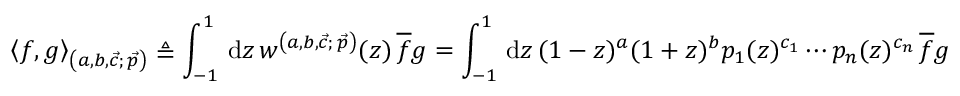
\left\langle f , g \right\rangle _ { \left( a , b , \vec { c } ; \, \vec { p } \right) } \triangleq \int _ { - 1 } ^ { 1 } \, \mathrm { d } z \, w ^ { \left( a , b , \vec { c } ; \, \vec { p } \right) } ( z ) \, \overline { { f } } g = \int _ { - 1 } ^ { 1 } \, \mathrm { d } z \, ( 1 - z ) ^ { a } ( 1 + z ) ^ { b } p _ { 1 } ( z ) ^ { c _ { 1 } } \cdots p _ { n } ( z ) ^ { c _ { n } } \, \overline { { f } } g